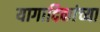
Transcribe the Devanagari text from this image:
यागादिकांच्या